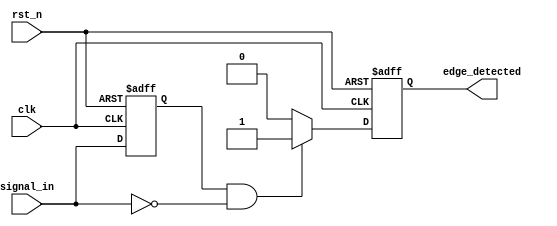
module falling_edge_detector (
    input wire clk,        // Clock input
    input wire rst_n,     // Asynchronous reset (active low)
    input wire signal_in,  // Input signal to monitor for falling edges
    output reg edge_detected // Output signal indicating falling edge detected
);

    reg signal_in_reg; // Register for storing the previous state of signal_in

    always @(posedge clk or negedge rst_n) begin
        if (!rst_n) begin
            // Asynchronous reset
            signal_in_reg <= 1'b0;
            edge_detected <= 1'b0;
        end else begin
            // Sample the input signal
            signal_in_reg <= signal_in;

            // Falling edge detection
            if (signal_in_reg == 1'b1 && signal_in == 1'b0) begin
                edge_detected <= 1'b1; // Set the output high for one clock cycle
            end else begin
                edge_detected <= 1'b0; // Ensure output is low otherwise
            end
        end
    end

endmodule